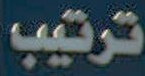
ترتيب